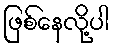
ဖြစ်နေလို့ပါ